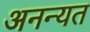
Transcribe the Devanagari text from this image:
अनन्यत